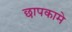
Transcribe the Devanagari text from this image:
छापकामे